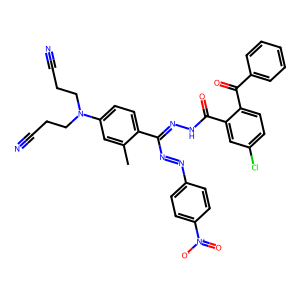
SMILES: Cc1cc(N(CCC#N)CCC#N)ccc1C(N=Nc1ccc([N+](=O)[O-])cc1)=NNC(=O)c1cc(Cl)ccc1C(=O)c1ccccc1
Inhibits HIV replication: No